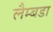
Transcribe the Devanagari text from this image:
लैम्बडा